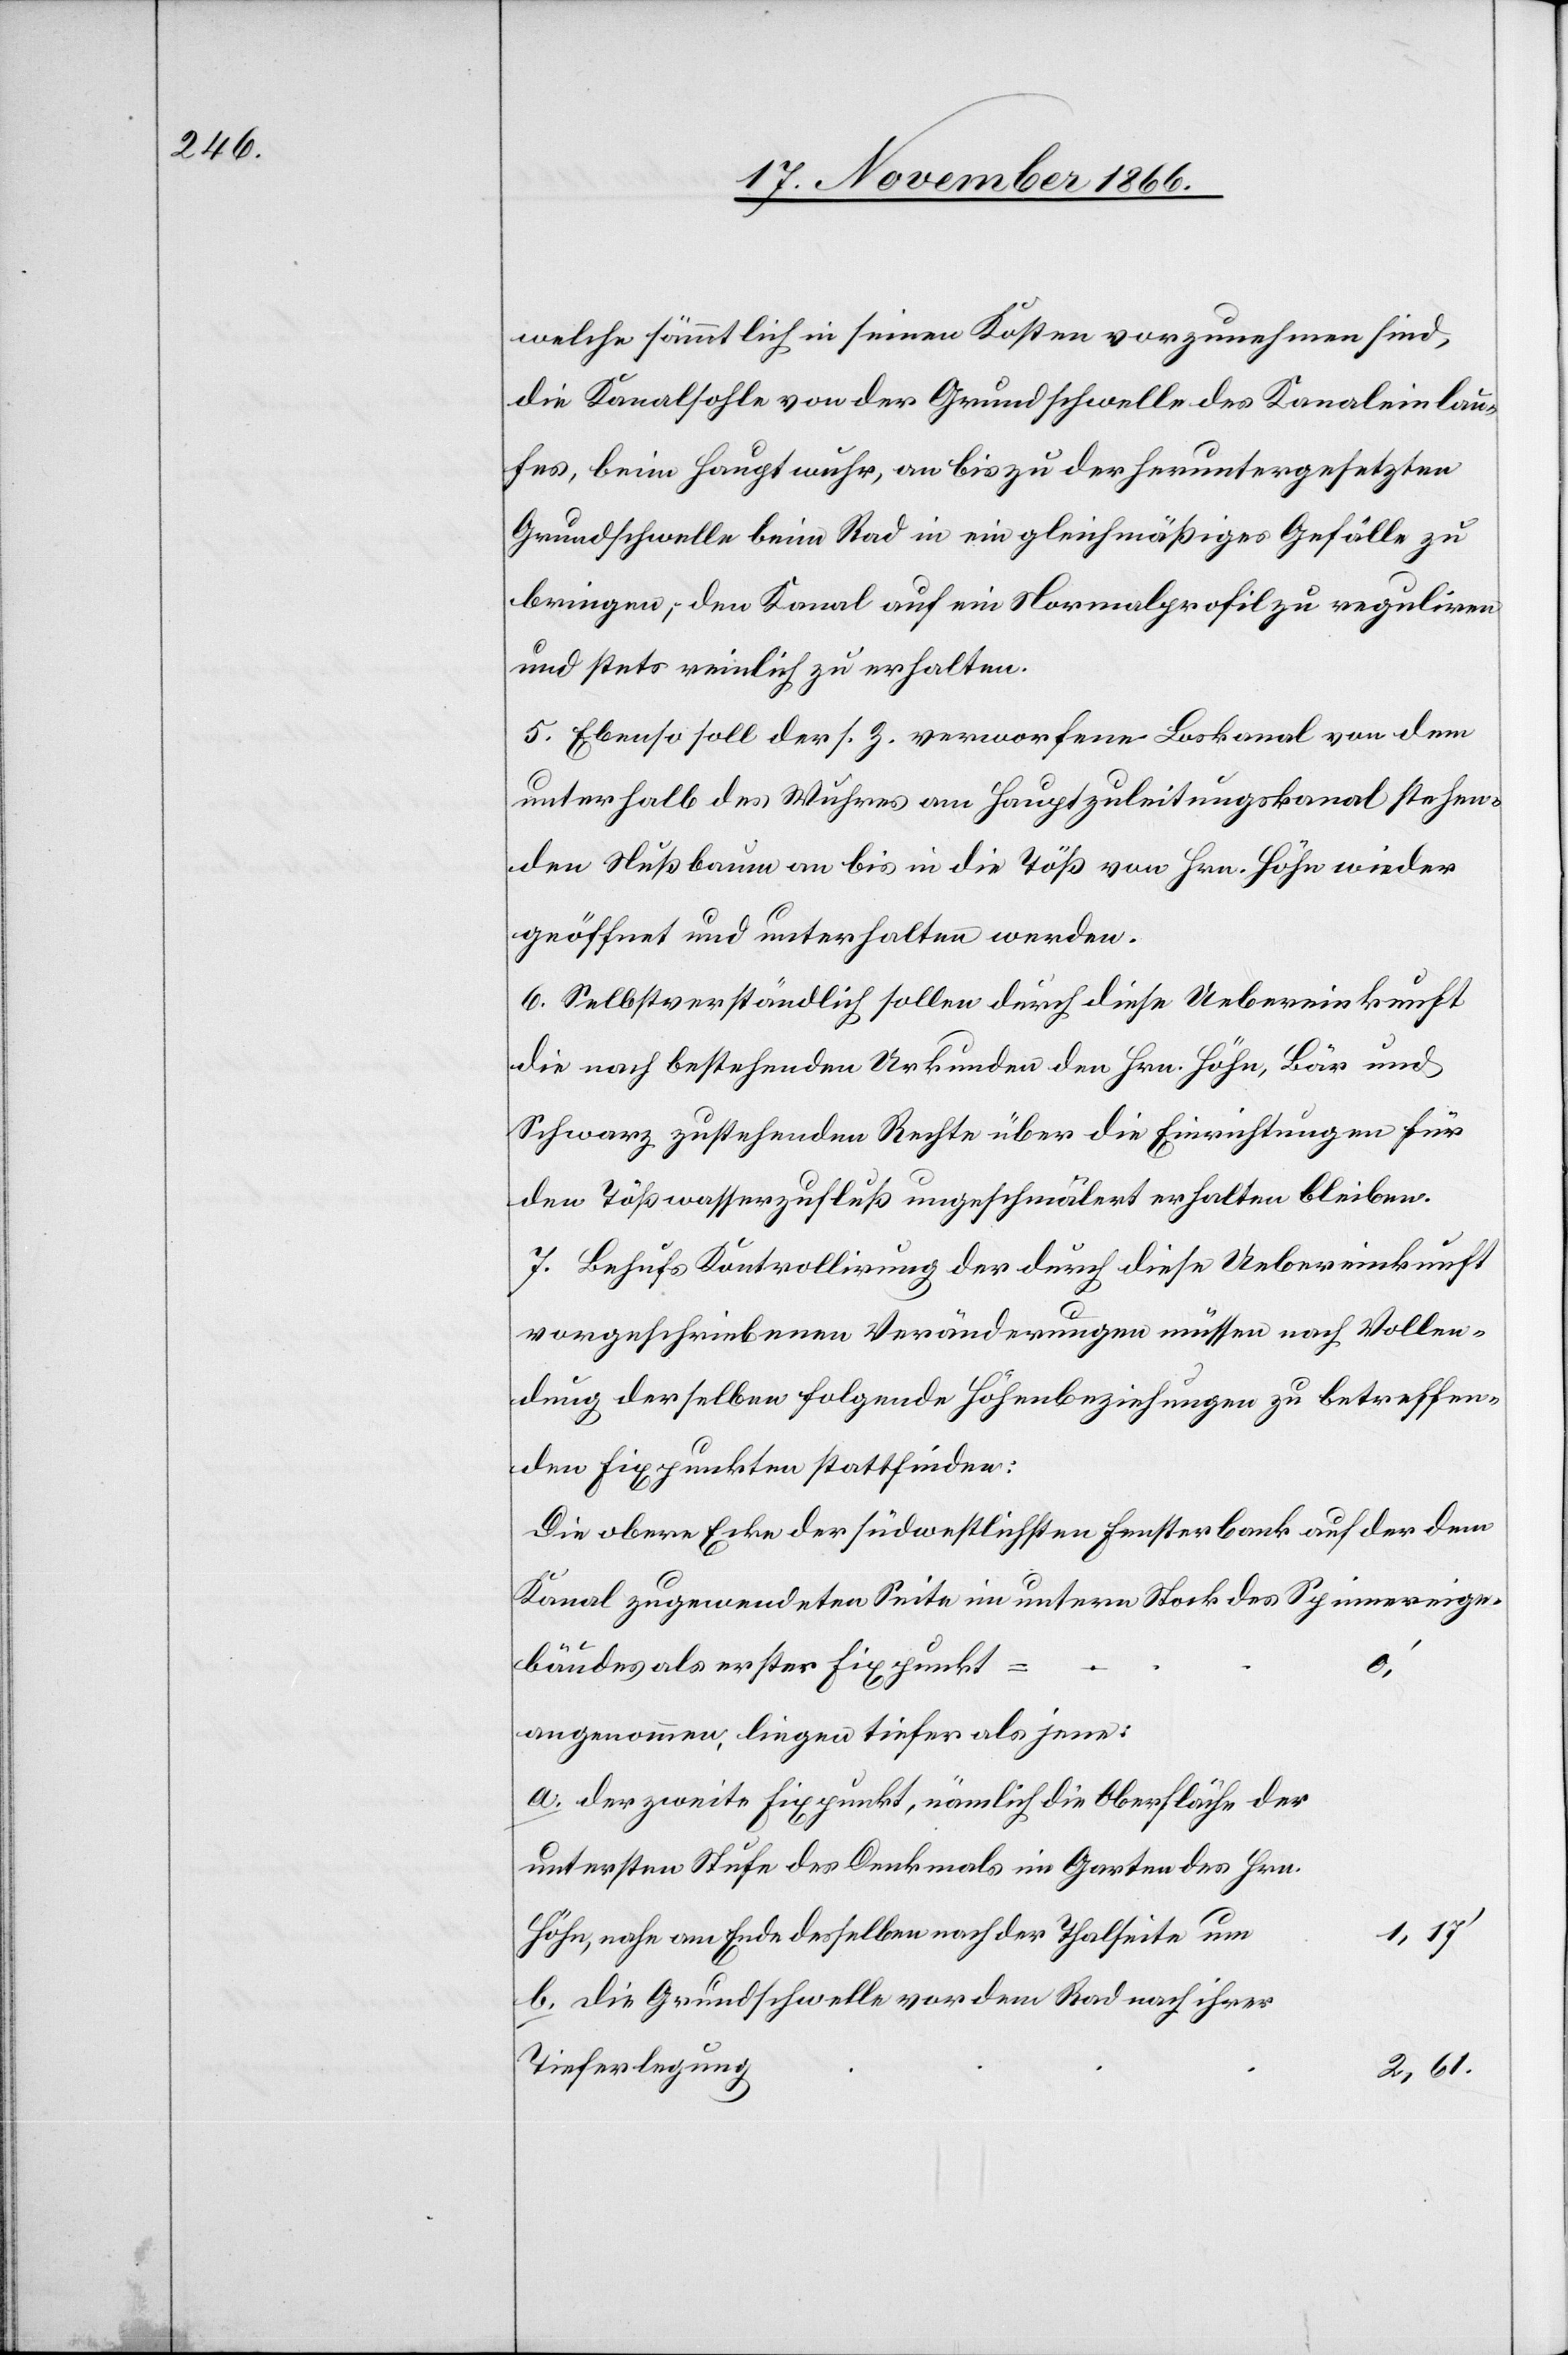
welche sämmtlich in seinen Kosten vorzunehmen sind,
die Kanalsohle von der Grundschwelle des Kanaleinlau¬
fes, beim Hauptwuhr, an bis zu der heruntergesetzten
Grundschwelle beim Rad in ein gleichmäßiges Gefälle zu
bringen, den Kanal auf ein Normalprofil zu reguliren
und stets reinlich zu erhalten.
5. Ebenso soll der s. Z. verworfene Loskanal von dem
unterhalb des Wuhres am Hauptzuleitungskanal stehen¬
den Nußbaum an bis in die Töß von Hrn. Höhn wieder
geöffnet und unterhalten werden.
6. Selbstverständlich sollen durch diese Uebereinkunft
die nach bestehenden Urkunden den Hrn. Höhn, Bär und
Schwarz zustehenden Rechte über die Einrichtungen für
den Tößwasserzufluß ungeschmälert erhalten bleiben.
7. Behufs Kontrollirung der durch diese Uebereinkunft
vorgeschriebenen Veränderungen müssen nach Vollen¬
dung derselben folgende Höhenbeziehungen zu betreffen¬
den Fixpunkten stattfinden:
Die obere Ecke der südwestlichsten Fensterbank auf der dem
Kanal zugewendeten Seite im untern Stock des Spinnereige¬
bäudes als erster Fixpunkt
angenommen, liegen tiefer als jene:
der zweite Fixpunkt, nämlich die Oberfläche der
untersten Stufe des Denkmals im Garten des Hrn.
Höhn, nahe am Ende desselben nach der Thalseite um
die Grundschwelle vor dem Rad nach ihrer
Tieferlegung
2,61.